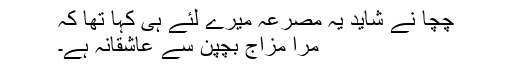
چچا نے شاید یہ مصرعہ میرے لئے ہی کہا تھا کہ
مرا مزاج بچپن سے عاشقانہ ہے۔